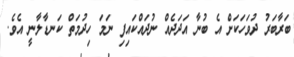
ބަރާބަރު ދުވަހަކަށް އެ ބުނާ އަދަދެއް ނުދައްކައިފި ނަމަ ހިދުމަތް ކަނޑާލާނީ އެވެ.